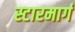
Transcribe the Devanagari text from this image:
स्टारमार्ग